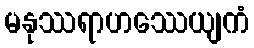
မနုဿရာဟဿေယျကံ